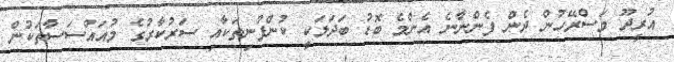
އުރީދޫ މަސްރޭހުން ދެން ފެންނާނެ އެންމެ ބޮޑު ބަދަލަކީ ކުންފުނިތަކާއި ސަރުކާރުގެ މުއައްސަސާތަކުން